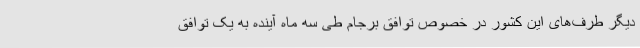
دیگر طرف‌های این کشور در خصوص توافق برجام طی سه ماه آینده به یک توافق